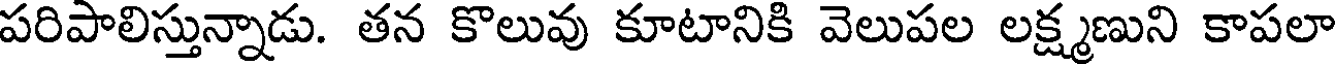
పరిపాలిస్తున్నాడు. తన కొలువు కూటానికి వెలుపల లక్ష్మణుని కాపలా